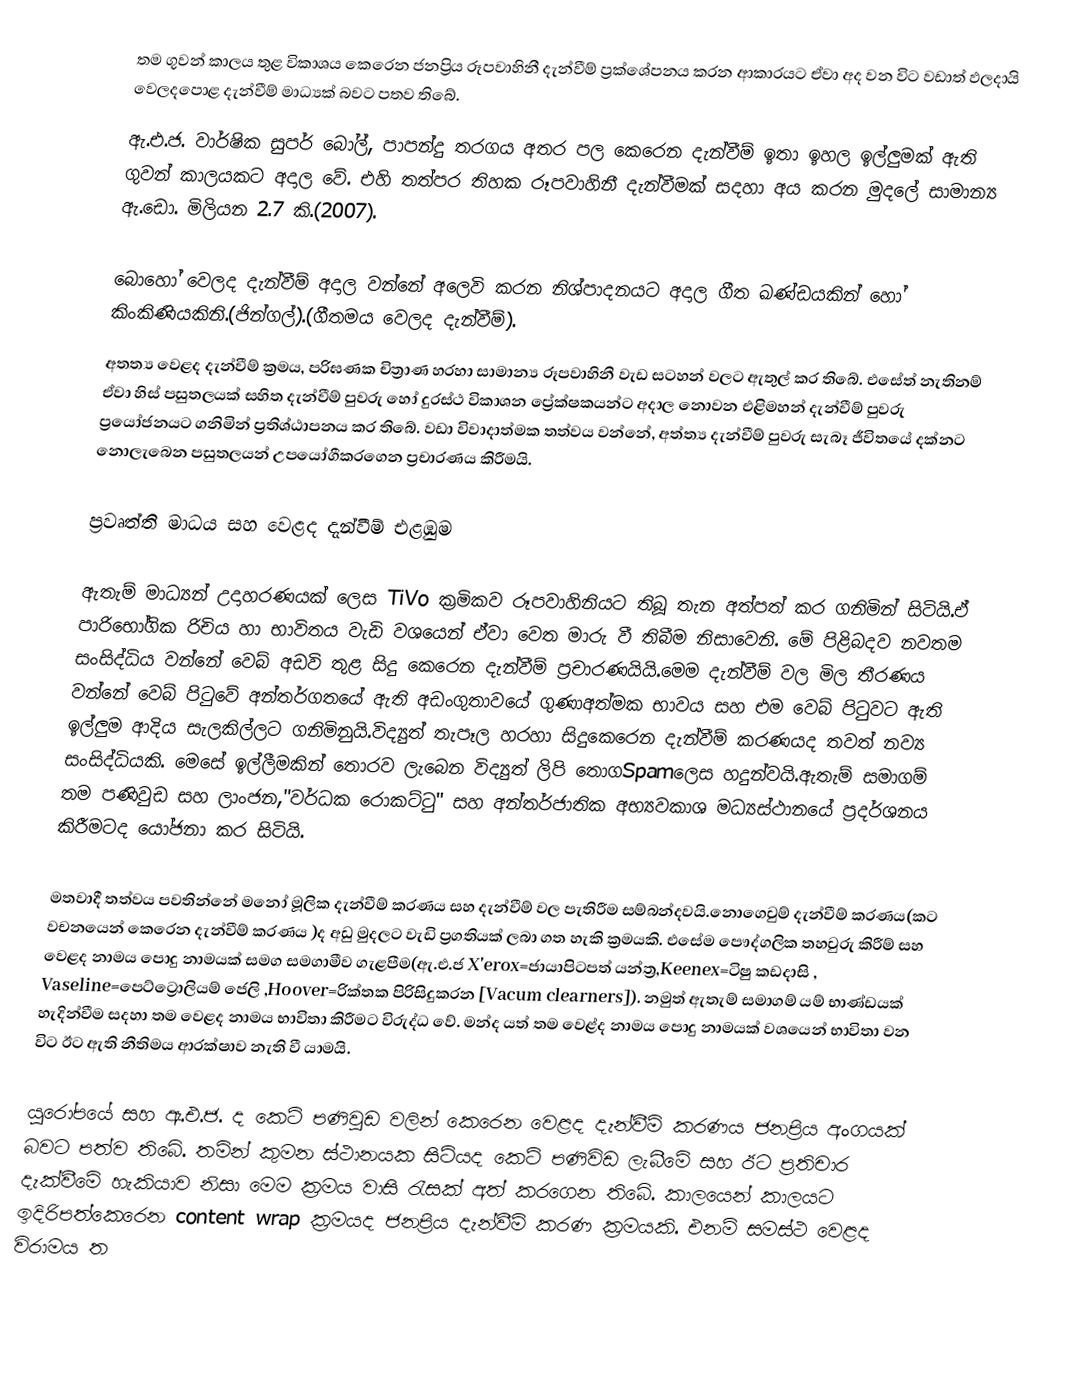
තම ගුවන් කාලය තුළ විකාශය කෙරෙන ජනප්‍රිය රූපවාහිනී දැන්වීම් ප්‍රක්ශේපනය කරන ආකාරයට ඒවා අද වන විට වඩාත් ඵලදායි වෙලදපොළ දැන්වීම් මාධ්‍යක් බවට පතව තිබේ.
ඇ.එ.ජ. වාර්ෂික සුපර් බෝල්, පාපන්දු තරගය අතර පල කෙරෙන දැන්වීම් ඉතා ඉහල ඉල්ලුමක් ඇති ගුවන් කාලයකට අදාල වේ. එහි තත්පර තිහක රූපවාහිනී දැන්වීමක් සදහා අය කරන මුදලේ සාමාන්‍ය ඇ.ඩො. මිලියන 2.7 කි.(2007).

බොහෝ වෙලද දැන්වීම් අදාල වන්නේ අලෙවි කරන නිශ්පාදනයට අදාල ගීත ඛණ්ඩයකින් හෝ කිංකිණියකිනි.(ජින්ගල්).(ගීතමය වෙලද දැන්වීම්).
අතත්‍ය වෙළද දැන්වීම් ක්‍රමය, පරිඝණක චිත්‍රාණ හරහා සාමාන්‍ය රූපවාහිනී වැඩ සටහන් වලට ඇතුල් කර තිබේ. එසේත් නැතිනම් ඒවා හිස් පසුතලයක් සහිත දැන්වීම් පුවරු හෝ  දුරස්ථ විකාශන ප්‍රේක්ෂකයන්ට අදාල නොවන එළිමහන් දැන්වීම් පුවරු ප්‍රයෝජනයට ගනිමින් ප්‍රතිශ්ඨාපනය කර තිබේ. වඩා විවාදාත්මක තත්වය වන්නේ, අත්ත්‍ය දැන්වීම් පුවරු සැබෑ ජීවිතයේ දක්නට නොලැබෙන පසුතලයන් උපයෝගීකරගෙන ප්‍රචාරණය කිරීමයි.

ප්‍රවෘත්ති මාධය සහ වෙළද දැන්වීම් එළඹුම

ඇතැම් මාධ්‍යන් උදාහරණයක් ලෙස TiVo ක්‍රමිකව රූපවාහිනියට තිබූ තැන අත්පත් කර ගනිමින් සිටියි.ඒ පාරිභෝගික රිචිය හා භාවිතය වැඩි වශයෙන් ඒවා වෙත මාරු වී තිබීම නිසාවෙනි. මේ පිළිබදව නවතම සංසිද්ධිය වන්නේ වෙබ් අඩවි තුළ සිදු කෙරෙන දැන්වීම් ප්‍රචාරණයියි.මෙම දැන්වීම් වල මිල තීරණය වන්නේ වෙබ් පිටුවේ අන්තර්ගතයේ ඇති අඩංගුතාවයේ ගුණාඅත්මක භාවය සහ එම වෙබ් පිටුවට ඇති ඉල්ලුම ආදිය සැලකිල්ලට ගනිමිනුයි.විද්‍යුත් තැපෑල හරහා සිදුකෙරෙන දැන්වීම් කරණයද තවත් නව්‍ය සංසිද්ධියකි. මෙසේ ඉල්ලීමකින් තොරව ලැබෙන විද්‍යුත් ලිපි තොගSpamලෙස හදුන්වයි.ඇතැම් සමාගම් තම පණිවුඩ සහ ලාංජන,"වර්ධක රොකට්ටු" සහ අන්තර්ජාතික අභ්‍යවකාශ මධ්‍යස්ථානයේ ප්‍රදර්ශනය කිරීමටද යෝජනා කර සිටියි.

මතවාදී තත්වය පවතින්නේ මනෝ මූලික දැන්වීම් කරණය සහ දැන්වීම් වල පැතිරීම සම්බන්දවයි.නොගෙවුම් දැන්වීම් කරණය(කට වචනයෙන් කෙරෙන දැන්වීම් කරණය )ද අඩු මුදලට වැඩි ප්‍රගතියක් ලබා ගත හැකි ක්‍රමයකි. එසේම පෞද්ගලික තහවුරු කිරීම් සහ වෙළද නාමය පොදු නාමයක් සමග සමගාමීව ගැළපීම(ඇ.එ.ජ X'erox=ජායාපිටපත් යන්ත්‍ර,Keenex=ටිෂු කඩදාසි , Vaseline=පෙට්ට්‍රොලියම් ජෙලි ,Hoover=රික්තක පිරිසිදුකරන [Vacum clearners]). නමුත් ඇතැම් සමාගම් යම් භාණ්ඩයක් හැදින්වීම සදහා තම වෙළද නාමය භාවිතා කිරීමට විරුද්ධ වේ. මන්ද යත් තම වෙළ්ද නාමය පොදු නාමයක් වශයෙන් භාවිතා වන විට ඊට ඇති නීතිමය ආරක්ෂාව නැති වී යාමයි.

යුරෝපයේ සහ ඇ.එ.ජ. ද කෙටි පණිවුඩ වලින් කෙරෙන වෙළද දැන්වීම් කරණය ජනප්‍රිය අංගයක් බවට පත්ව තිබේ. තම්න් කුමන ස්ථානයක සිට්යද කෙටි පණිවිඩ ලැබීමේ සහ ඊට ප්‍රතිචාර දැක්වීමේ හැකියාව නිසා මෙම ක්‍රමය වාසි රැසක් අත් කරගෙන තිබේ. කාලයෙන් කාලයට ඉදිරිපත්කෙරෙන content wrap ක්‍රමයද ජනප්‍රිය දැන්වීම් කරණ ක්‍රමයකි. එනම් සමස්ථ වෙළද විරාමය ත